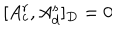
LaTeX: [ A _ { c } ^ { r } , A _ { d } ^ { s } ] _ { D } = 0